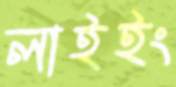
লাইইং